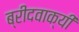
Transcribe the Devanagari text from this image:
ब्रीदवाक्यी